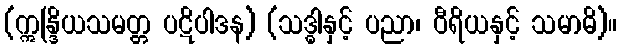
(ဣန္ဒြိယသမတ္တ ပဋိပါဒန) (သဒ္ဓါနှင့် ပညာ၊ ဝီရိယနှင့် သမာဓိ)။